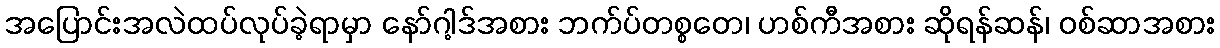
အပြောင်းအလဲထပ်လုပ်ခဲ့ရာမှာ နော်ဂါ့ဒ်အစား ဘက်ပ်တစ္စတေ၊ ဟစ်ကီအစား ဆိုရန်ဆန်၊ ဝစ်ဆာအစား